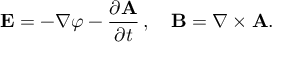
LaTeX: { \mathbf { E } } = - \nabla \varphi - { \frac { \partial { \mathbf { A } } } { \partial t } } \, , \quad { \mathbf { B } } = \nabla \times { \mathbf { A } } .